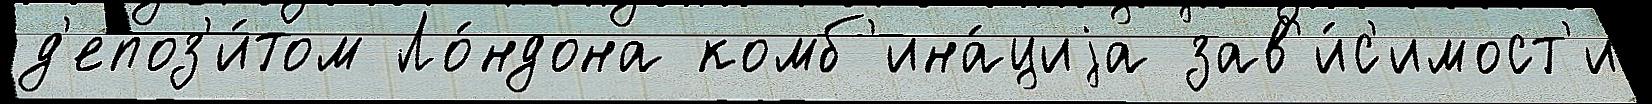
д'епоз'и́том Ло́ндона комб'ина́циjа зав'и́с'имост'и